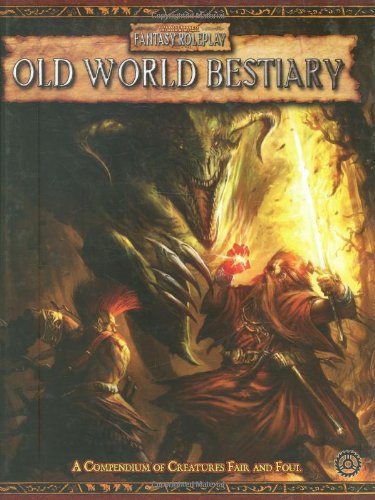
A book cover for Warhammer Fantasy Roleplay: Old World Bestiary, Vol. 1; T.S. Luikart; Science Fiction & Fantasy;